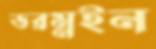
ডরম্নইন